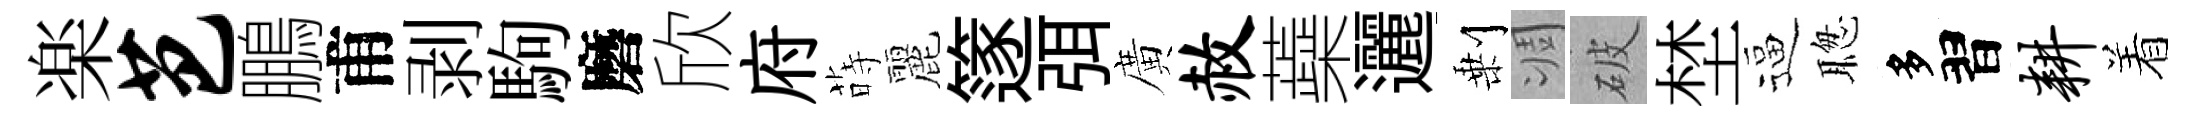
楽芭鵬甫剥駒磨欣府蒔麗篴弭廣赦蘃邐剰凋破埜逼聦多習耕着